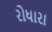
રોધારા